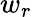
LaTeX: w_{r}